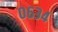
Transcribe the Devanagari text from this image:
०६३४